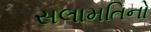
સલામતિનો